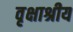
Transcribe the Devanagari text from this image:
वृक्षाश्रीय